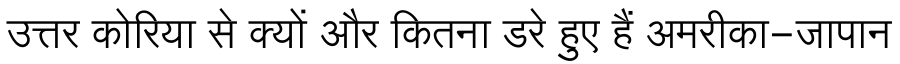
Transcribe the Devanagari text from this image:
उत्तर कोरिया से क्यों और कितना डरे हुए हैं अमरीका-जापान